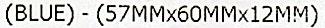
(BLUE) - (57MMX60MMX12MM)